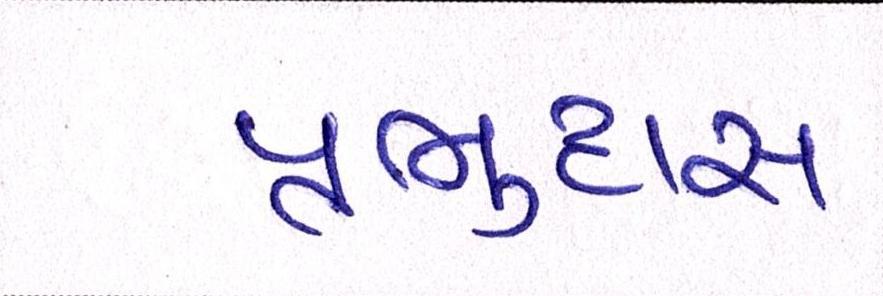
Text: પ્રભુદાસ